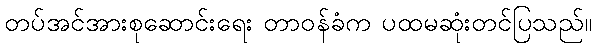
တပ်အင်အားစုဆောင်းရေး တာဝန်ခံက ပထမဆုံးတင်ပြသည်။